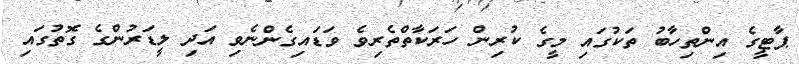
ޕާޓީގެ އިންތިހާބު ތަކުގައި މީގެ ކުރިން ހަރަކާތްތެރިވެ ވަޑައިގެންނެވި އަދި ލީޑަރުންގެ ގޮތުގައި